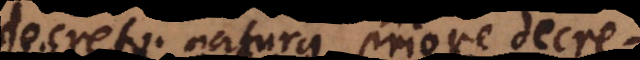
decreto natura priore decreverit.